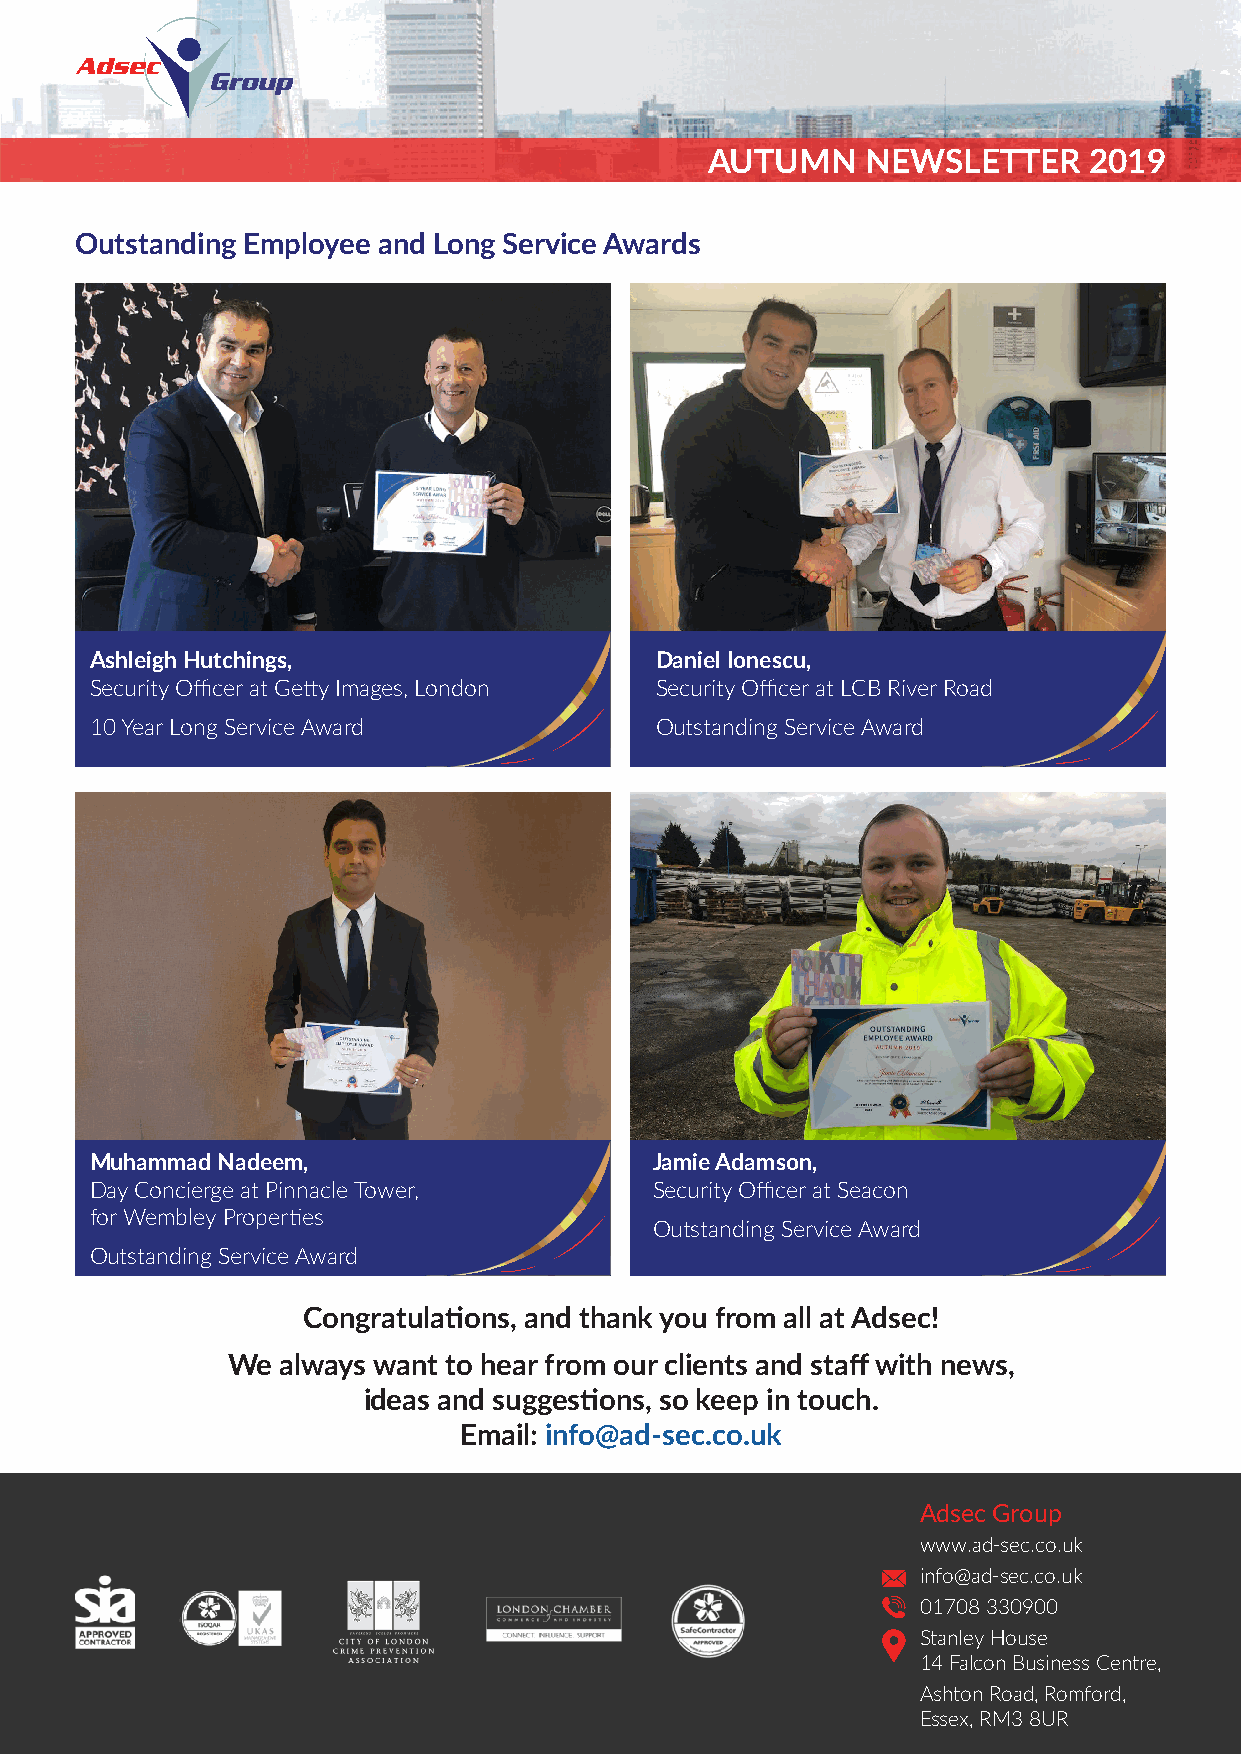
AUTUMN    NEWSLETTER     2019
 Outstanding Employee and Long Service Awards
 Ashleigh Hutchings,                  Daniel Ionescu,
 Security Officer at Getty Images, London Security Officer at LCB River Road
 10 Year Long Service Award           Outstanding Service Award
 Muhammad Nadeem,                     Jamie Adamson,
 Day Concierge at Pinnacle Tower,     Security Officer at Seacon
 for Wembley Properties
 Outstanding Service Award
 Outstanding Service Award
 Congratulations, and thank you from all at Adsec!
 We always want to hear from our clients and staff with news,
 ideas and suggestions, so keep in touch.
 Email: info@ad-sec.co.uk
 Adsec Group
 www.ad-sec.co.uk
 info@ad-sec.co.uk
 01708 330900
 Stanley House
 14 Falcon Business Centre,
 Ashton Road, Romford,
 Essex, RM3 8UR